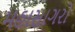
મહાસાગરો